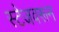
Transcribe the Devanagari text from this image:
स्टेजवरून